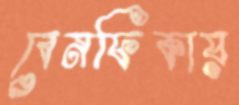
বেনফিকায়